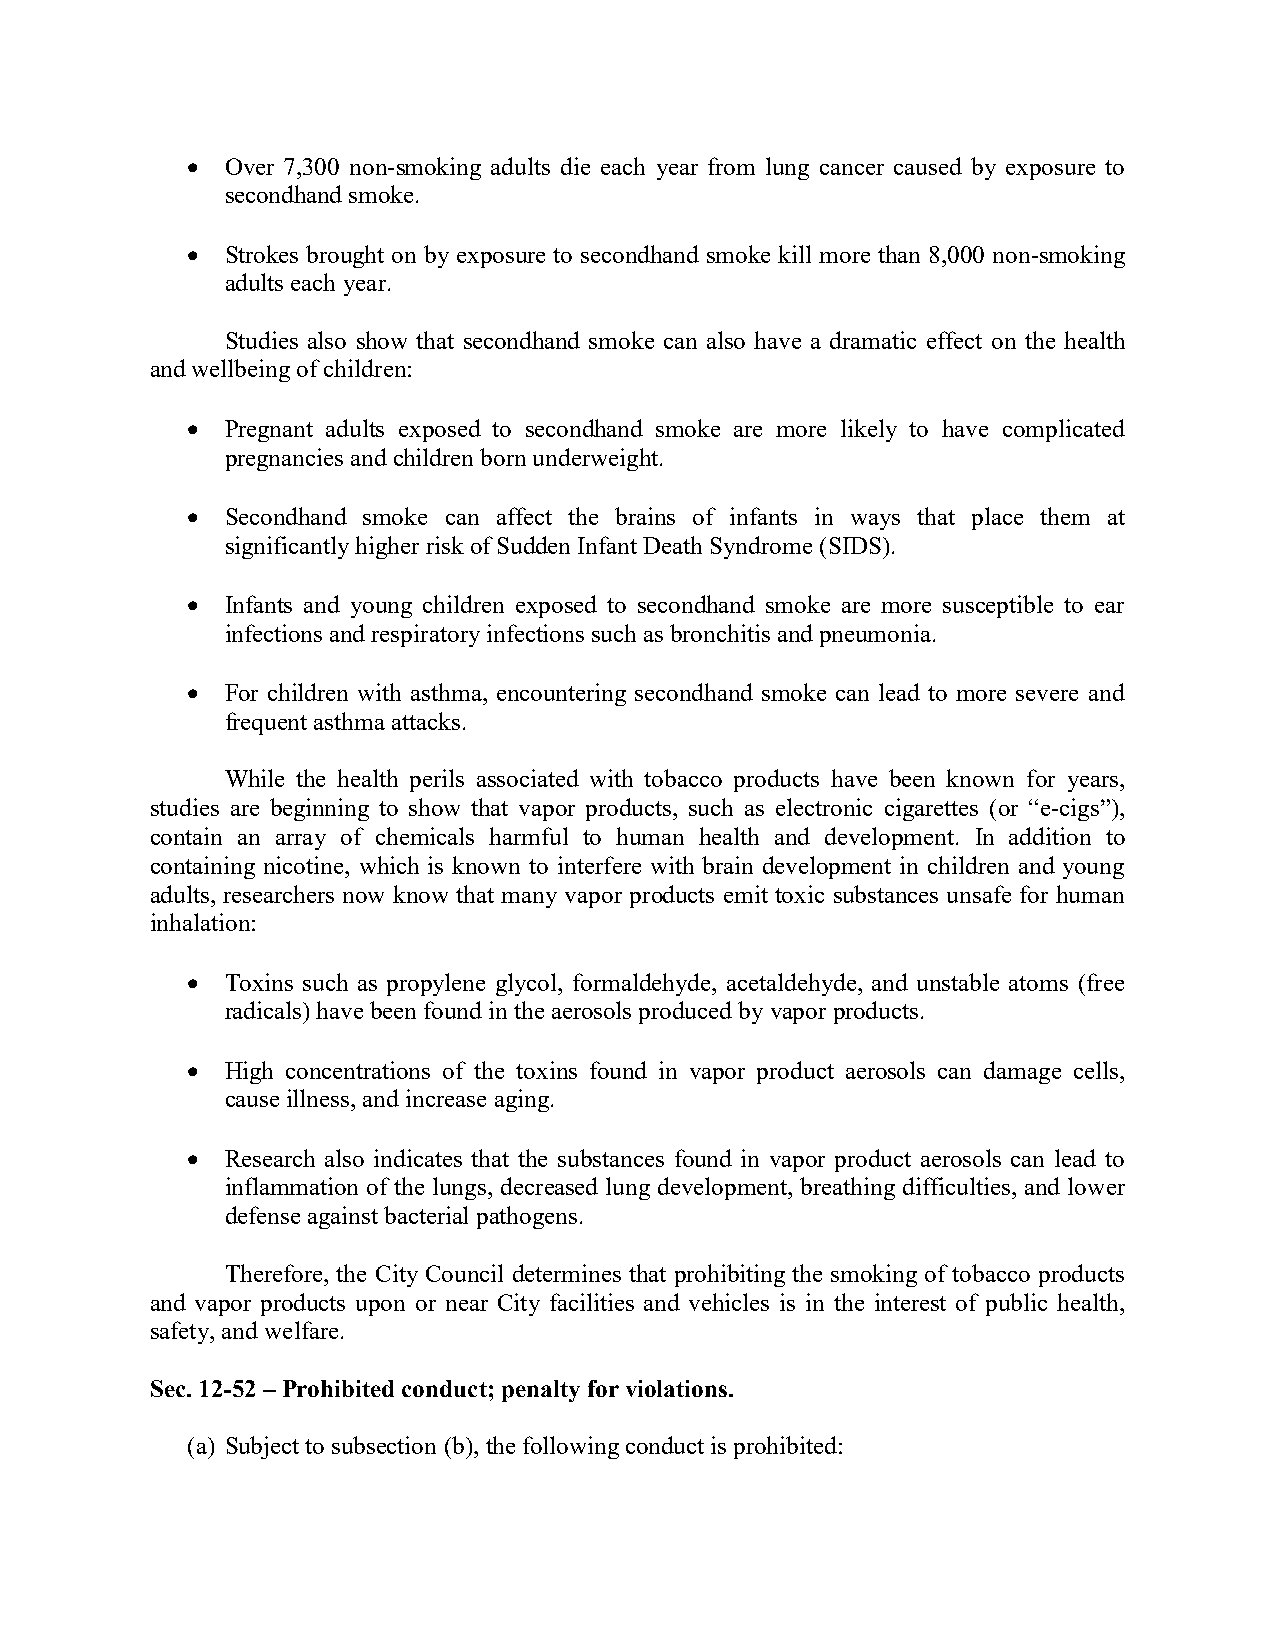
  Over 7,300 non-smoking adults die each year from lung cancer caused by exposure to
 secondhand smoke.
   Strokes brought on by exposure to secondhand smoke kill more than 8,000 non-smoking
 adults each year.
 Studies also show that secondhand smoke can also have a dramatic effect on the health
 and wellbeing of children:
   Pregnant adults exposed to secondhand smoke are more likely to have complicated
 pregnancies and children born underweight.
   Secondhand smoke can affect the brains of infants in ways that place them at
 significantly higher risk of Sudden Infant Death Syndrome (SIDS).
   Infants and young children exposed to secondhand smoke are more susceptible to ear
 infections and respiratory infections such as bronchitis and pneumonia.
   For children with asthma, encountering secondhand smoke can lead to more severe and
 frequent asthma attacks.
 While the health perils associated with tobacco products have been known for years,
 studies are beginning to show that vapor products, such as electronic cigarettes (or “e-cigs”),
 contain an array of chemicals harmful to human health and development. In addition to
 containing nicotine, which is known to interfere with brain development in children and young
 adults, researchers now know that many vapor products emit toxic substances unsafe for human
 inhalation:
   Toxins such as propylene glycol, formaldehyde, acetaldehyde, and unstable atoms (free
 radicals) have been found in the aerosols produced by vapor products.
   High concentrations of the toxins found in vapor product aerosols can damage cells,
 cause illness, and increase aging.
   Research also indicates that the substances found in vapor product aerosols can lead to
 inflammation of the lungs, decreased lung development, breathing difficulties, and lower
 defense against bacterial pathogens.
 Therefore, the City Council determines that prohibiting the smoking of tobacco products
 and vapor products upon or near City facilities and vehicles is in the interest of public health,
 safety, and welfare.
 Sec. 12-52 – Prohibited conduct; penalty for violations.
 (a) Subject to subsection (b), the following conduct is prohibited: